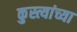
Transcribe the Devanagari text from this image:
कुस्त्यांच्या